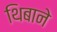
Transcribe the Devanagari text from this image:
थिबाने